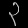
Digit: ၃